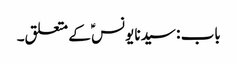
باب : سیدنا یونسؑ کے متعلق۔